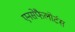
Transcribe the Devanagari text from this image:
एनसेफैलोर्टस